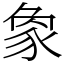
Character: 𧰼